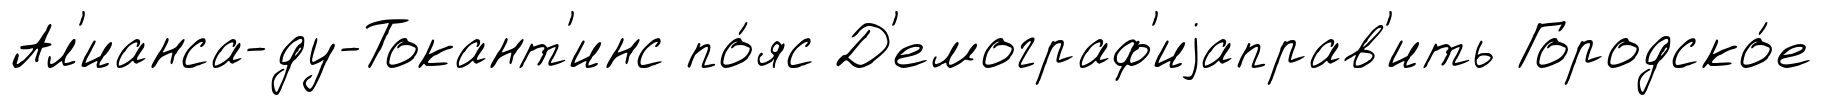
Ал'ианса-ду-Токант'инс по́яс Д'емограф'иjаправ'ить Городско́е